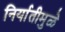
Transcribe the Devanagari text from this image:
निर्यातीमुळे